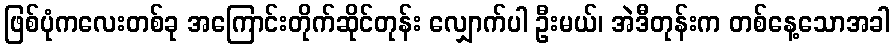
ဖြစ်ပုံကလေးတစ်ခု အကြောင်းတိုက်ဆိုင်တုန်း လျှောက်ပါ ဦးမယ်၊ အဲဒီတုန်းက တစ်နေ့သောအခါ